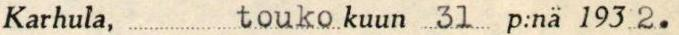
Karhula,  touko kuun 31  p:nä 193 2.